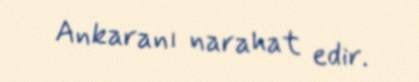
Ankaranı narahat edir.